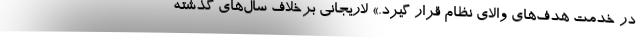
در خدمت هدف‌های والای نظام قرار گیرد.» لاریجانی برخلاف سال‌های گذشته